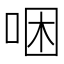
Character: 𠳁